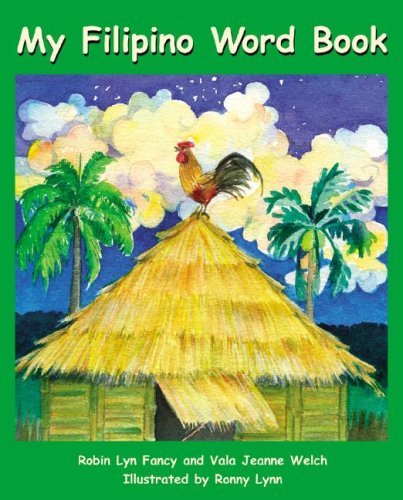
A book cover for My Filipino Word Book; Robin Lyn Fancy; Children's Books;